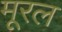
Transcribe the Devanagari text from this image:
मूरल